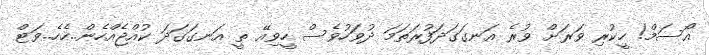
އޯސަމް! ހީކުރި ވަރަށް ވުރެ އަނގަގަދަފުރަތަމަ ދުވަހުވެސް ހީވިއޭ ތީ އަނގަގަދަ ކުއްޖެއްހެން..ހެހެ..ވަޓް